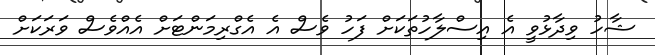
ޝާހު ވިދާޅުވީ އެ އިސްލާހުތަކަށް ފަހު ވެސް އެ އެގްރިމަންޓަށް އެއްވެސް ވަރަކަށް